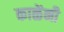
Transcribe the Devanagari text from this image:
काळेंनी